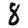
Digit: 8